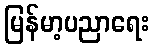
မြန်မာ့ပညာရေး